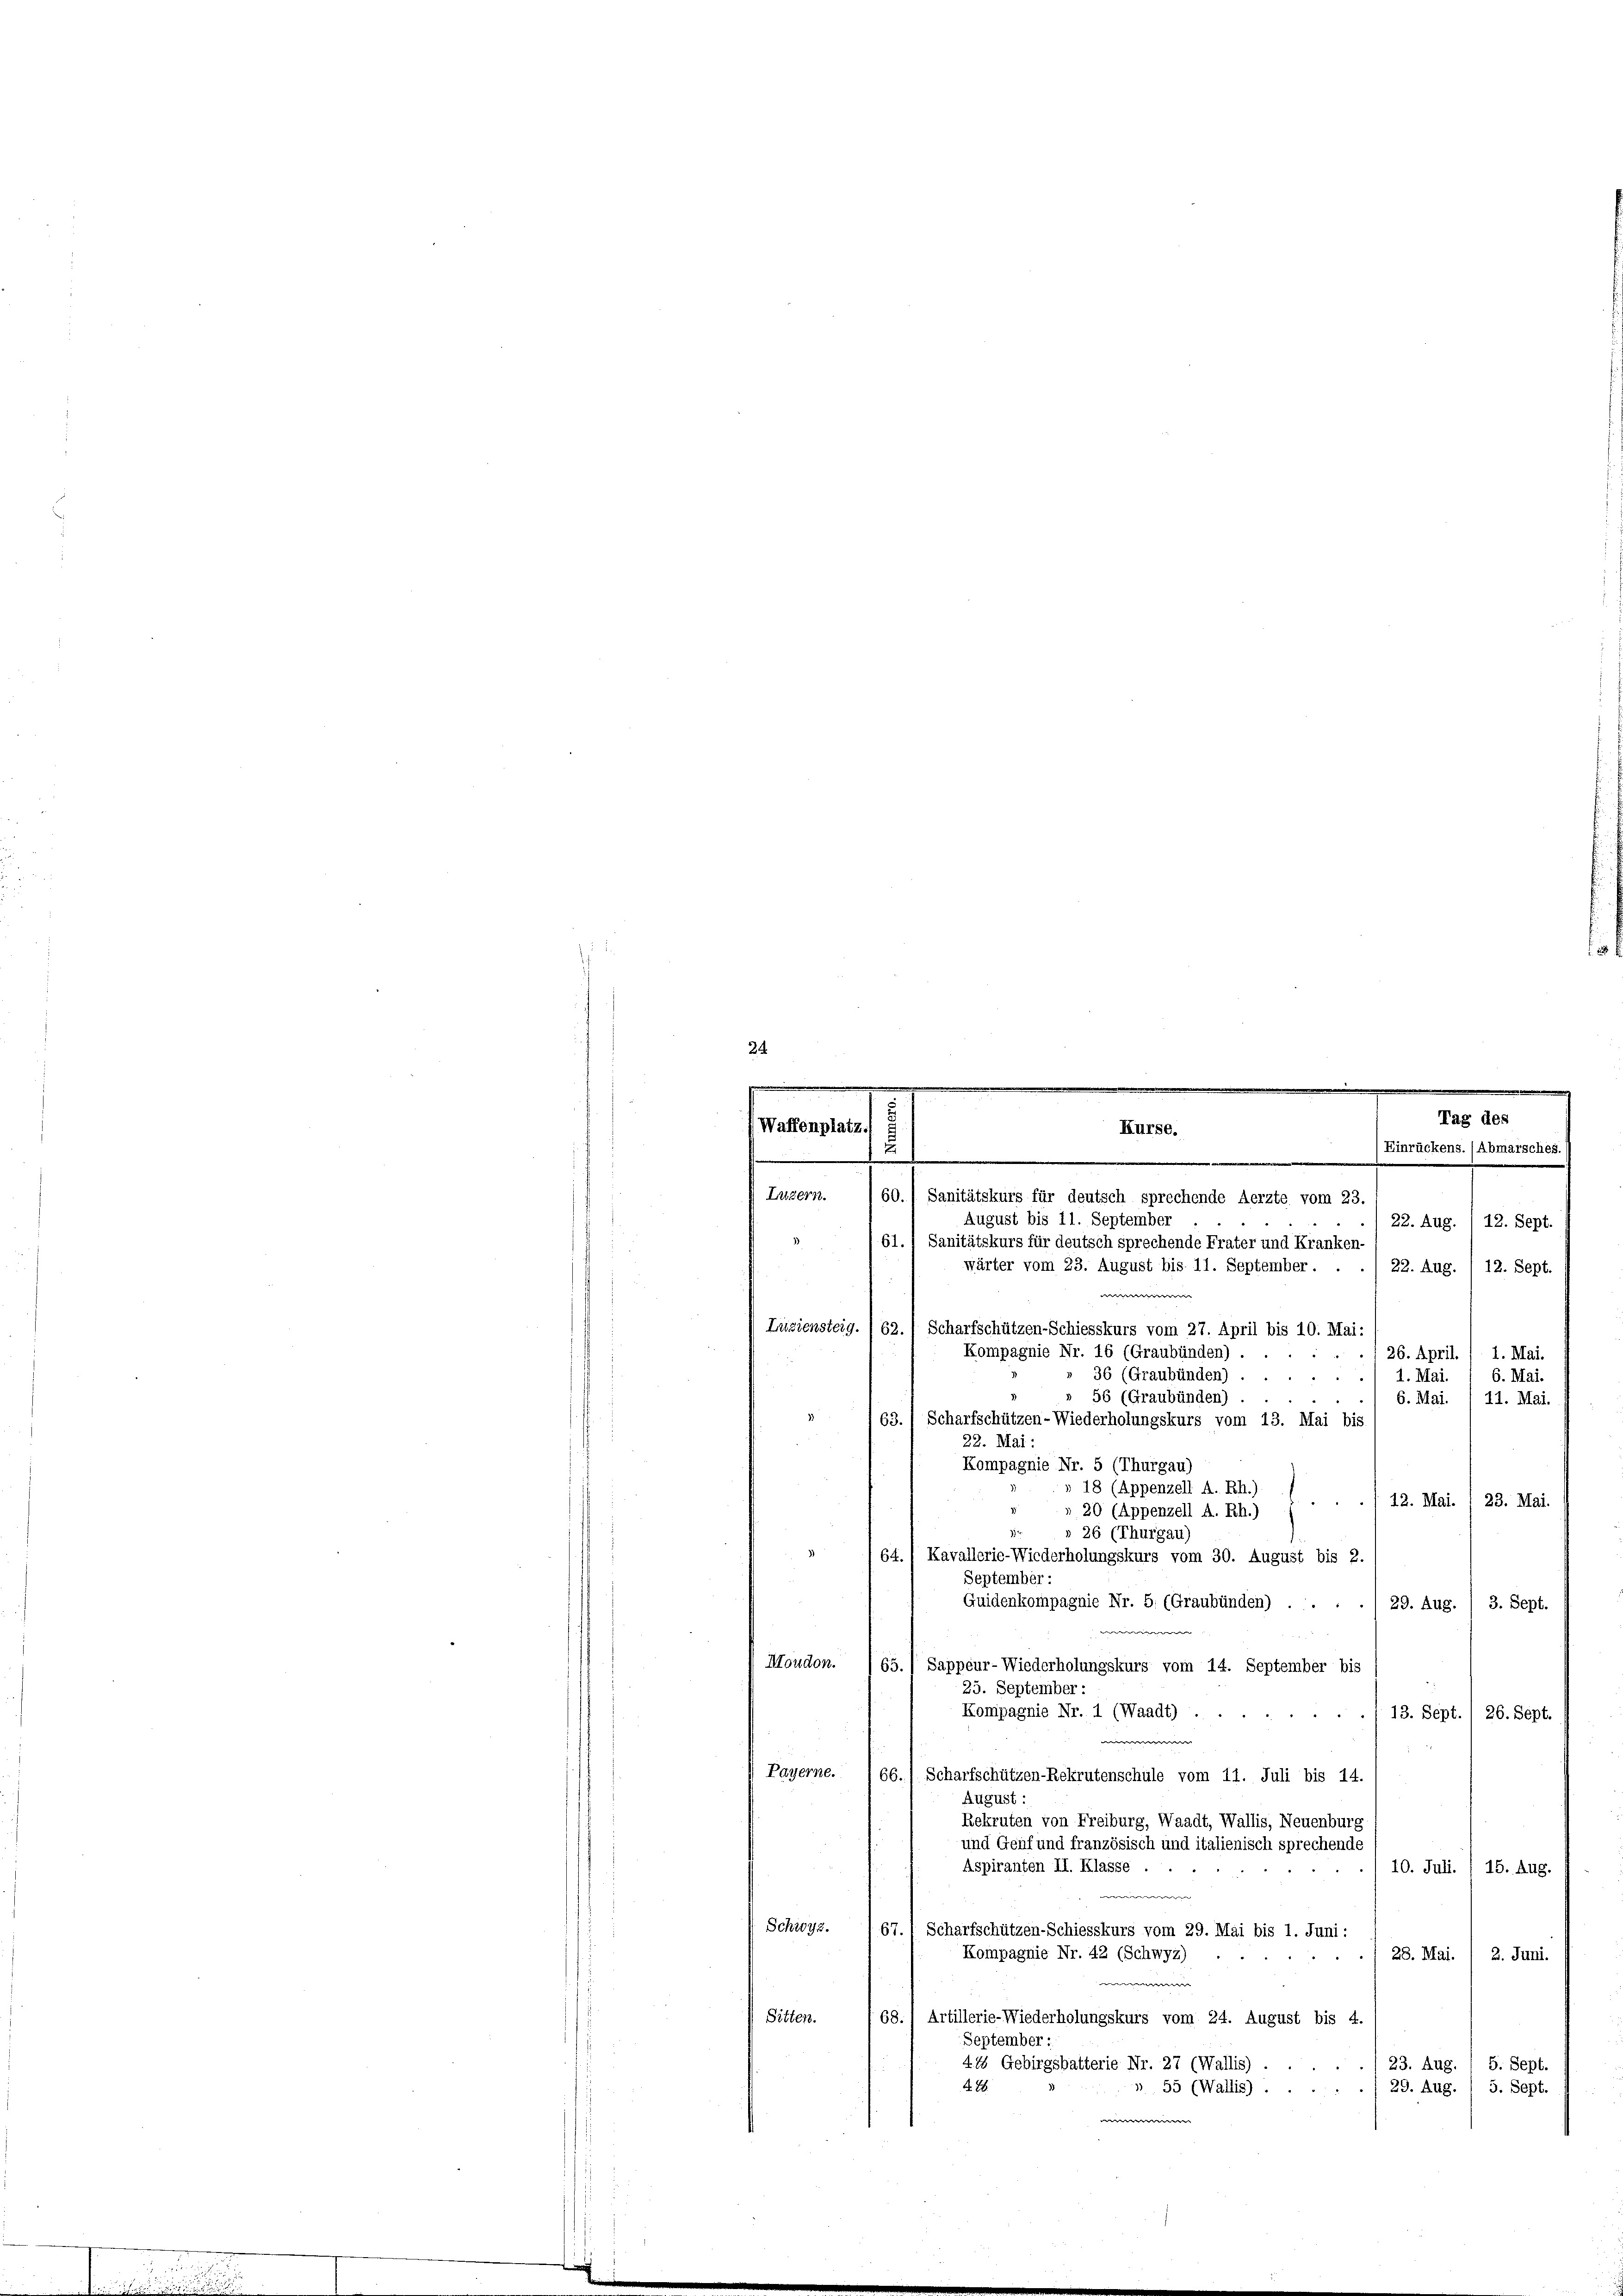
August bis 11. September
22. Aug. / 12. Sept.
61. 1 Sanitätskurs für deutsch sprechende Frater und Kranken-
wärter vom 23. August bis 11. September.
22. Aug. /12. Sept.
 |
Luziensteig. (62.) Scharfschützen-Schiesskurs vom 27. April bis 10. Mai:
Kompagnie Nr. 16 (Graubünden)
1 26. April. / 1. Mai.
» 36 (Graubünden)
6. Mai.
. 1. Mai.
56 (Graubünden)
6. Mai. 1 11. Mai.
63. / Scharfschützen-Wiederholungskurs vom 13. Mai bis
22. Mai:
Kompagnie Nr. 5 (Thurgau)
» 18 (Appenzell A. Rh.).
12. Mai. / 23. Mai.
» 20 (Appenzell A. Rh.)
r
26 (Thurgau)
2
64.) Kavallerie-Wiederholungskurs vom 30. August bis 2.
September :
Guidenkompagnie Nr. 5. (Graubünden) . .
29. Aug. / 3. Sept.

Moudon.
65.) Sappeur- Wiederholungskurs vom 14. September bis
25. September:
Kompagnie Nr. 1 (Waadt) . .
 215
13. Sept. 1 26. Sept.
Payerne.
66.) Scharfschützen-Rekrutenschule vom 11. Juli bis 14.
August:
Rekruten von Freiburg, Waadt, Wallis, Neuenburg
und Genf und französisch und italienisch sprechende
Aspiranten II. Klasse .
10. Juli. / 15. Aug.
we
Schwyz.
Scharfschützen-Schiesskurs vom 29. Mai bis 1. Juni:
167
Kompagnie Nr. 42 (Schwyz)
28. Mai. 1 2. Juni.

Sitten.
68., Artillerie-Wiederholungskurs vom 24. August bis 4.
September:
41 Gebirgsbatterie Nr. 27 (Wallis).
23. Aug. / 5. Sept.
4. 88
» 55 (Wallis).
5. Sept.
29. Aug.
d
 |

24
.
.
.
e
Tag des
Waffenplatz.
Kurse.
u
Einrückens. (Abmarsches.

.
Luzern. 60.) Sanitätskurs für deutsch sprechende Aerzte vom 23